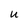
Character: U